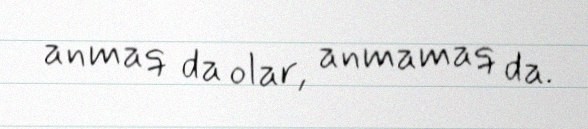
anmaq da olar, anmamaq da.